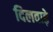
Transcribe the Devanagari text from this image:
दिलवाड़े